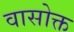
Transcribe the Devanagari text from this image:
वासोक्त